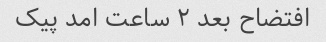
افتضاح بعد ۲ ساعت امد پیک